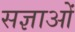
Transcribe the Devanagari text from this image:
सज्ञाओं